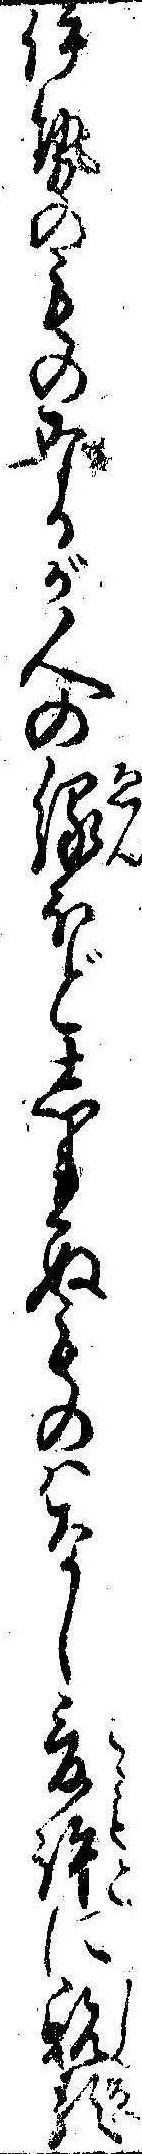
伊勢のものなるが人の縁ほどしれぬものはなし爰許に親類